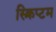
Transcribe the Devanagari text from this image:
स्क्रिप्टम